Report on vaccination North-West Frontier Province 1904-1922 - 1904-1922
Year: 1904
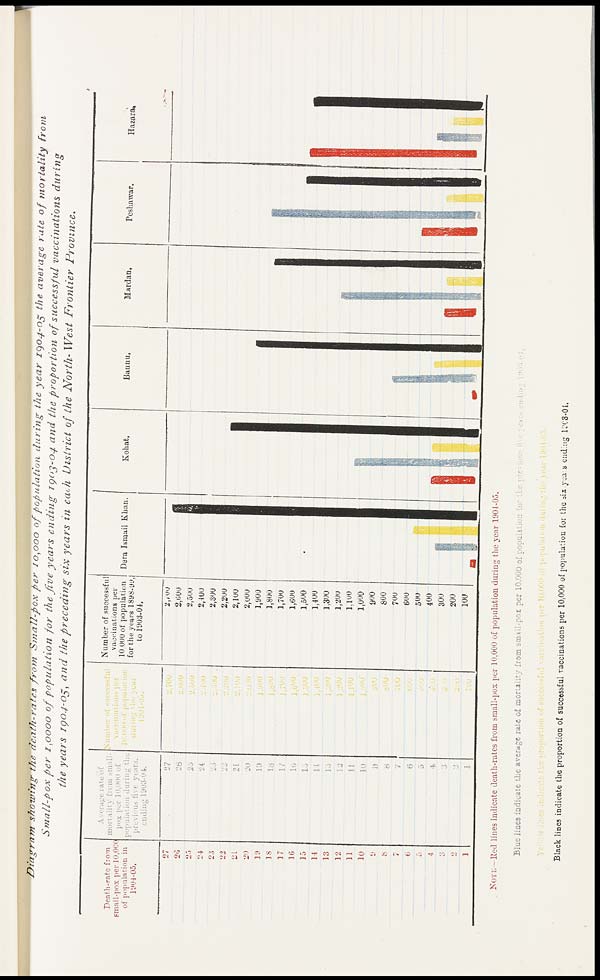
Diagram showing the death-rates from Small-pox per 10,000 of population during the year 1904-05 the average rate of mortality
from
Small-pox per 1,0000 of population for the five years ending 1903-04 and the proportion of successful vaccinations
during
the years 1904-05, and the preceding six years in each District of the North- West Frontier
Province.